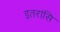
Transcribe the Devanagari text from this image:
इतरांसि